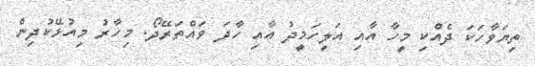
ތިޔަވާހަކަ ދެއްކި މީހާ އާއި އަލީހަމީދު އާއި ހާދަ ވައްތަރޭދޯ. މިހާރު މިއުޅޭކުދިން